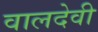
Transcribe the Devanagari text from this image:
वालदेवी